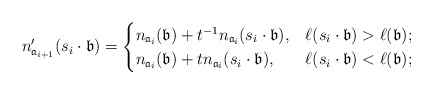
\begin{align*}n'_{{\mathfrak{a}_{i+1}}}(s_i \cdot \mathfrak{b})=\begin{cases} n_{\mathfrak{a}_i}(\mathfrak{b}) + t^{-1} n_{\mathfrak{a}_i}(s_i \cdot \mathfrak{b}), & \ell(s_i \cdot \mathfrak{b}) > \ell(\mathfrak{b}); \\ n_{\mathfrak{a}_i}(\mathfrak{b}) + t n_{\mathfrak{a}_i}(s_i \cdot \mathfrak{b}), & \ell(s_i \cdot \mathfrak{b}) < \ell(\mathfrak{b}); \end{cases}\end{align*}